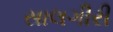
સાલગીરી